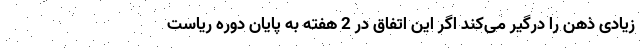
زیادی ذهن را درگیر می‌کند اگر این اتفاق در 2 هفته به پایان دوره ریاست